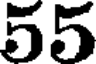
55